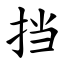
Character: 挡